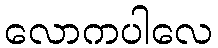
လောကပါလေ